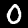
Label: 0